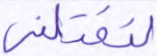
لتقتلني